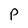
Character: P